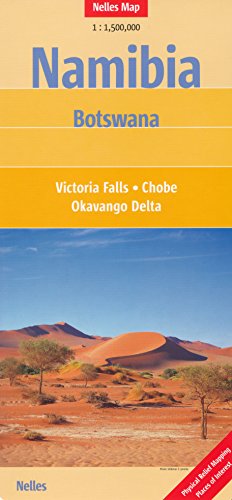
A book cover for Namibia 1:1,500,000 & Botswana West / Victoria Falls Travel Map, 2015 edition, NELLES; Nelles; Travel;